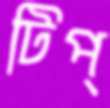
টিপ্